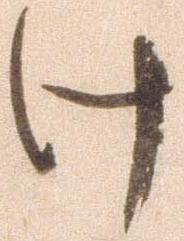
け